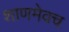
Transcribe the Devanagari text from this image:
शाणमेवच